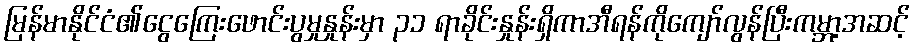
မြန်မာနိုင်ငံ၏ငွေကြေးဖောင်းပွမှုနှုန်းမှာ ၃၁ ရာခိုင်းနှုန်းရှိကာအီရန်ကိုကျော်လွန်ပြီးကမ္ဘာ့အဆင့်